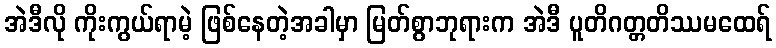
အဲဒီလို ကိုးကွယ်ရာမဲ့ ဖြစ်နေတဲ့အခါမှာ မြတ်စွာဘုရားက အဲဒီ ပူတိဂတ္တတိဿမထေရ်